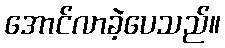
အောင်လာခဲ့ပေသည်။